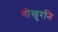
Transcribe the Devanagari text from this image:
गोखुरनि